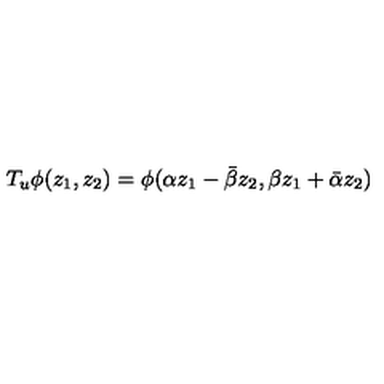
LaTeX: T _ { u } \phi ( z _ { 1 } , z _ { 2 } ) = \phi ( \alpha z _ { 1 } - \bar { \beta } z _ { 2 } , \beta z _ { 1 } + \bar { \alpha } z _ { 2 } )